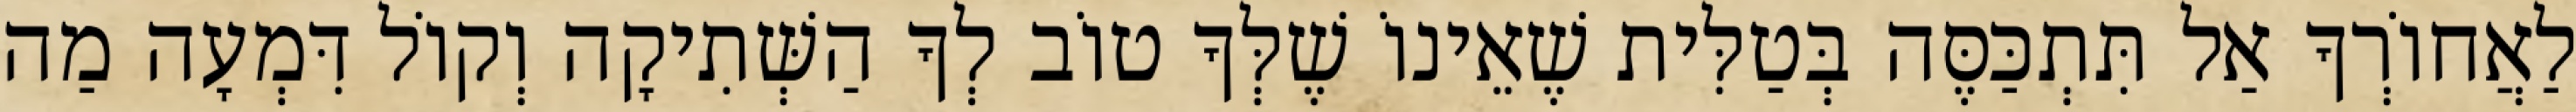
לַאֲחוֹרְךָ אַל תִּתְכַּסֶּה בְּטַלִּית שֶׁאֵינוֹ שֶׁלְּךָ טוֹב לְךָ הַשְּׁתִיקָה וְקוֹל דִּמְעָה מַה